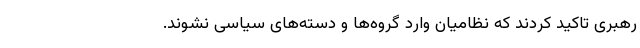
رهبری تاکید کردند که نظامیان وارد گروه‌ها و دسته‌های سیاسی نشوند.